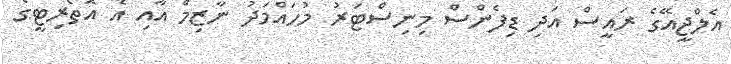
އެލްޖީއޭގެ ރައީސް އަދި ޑިފެންސް މިނިސްޓަރު މުހައްމަދު ނާޒިމް އާއި އެ އޮތޯރިޓީގެ